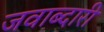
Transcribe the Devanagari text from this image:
जवाब्दारी